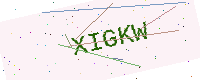
Text: XIGKW